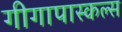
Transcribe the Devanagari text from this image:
गीगापास्कल्स